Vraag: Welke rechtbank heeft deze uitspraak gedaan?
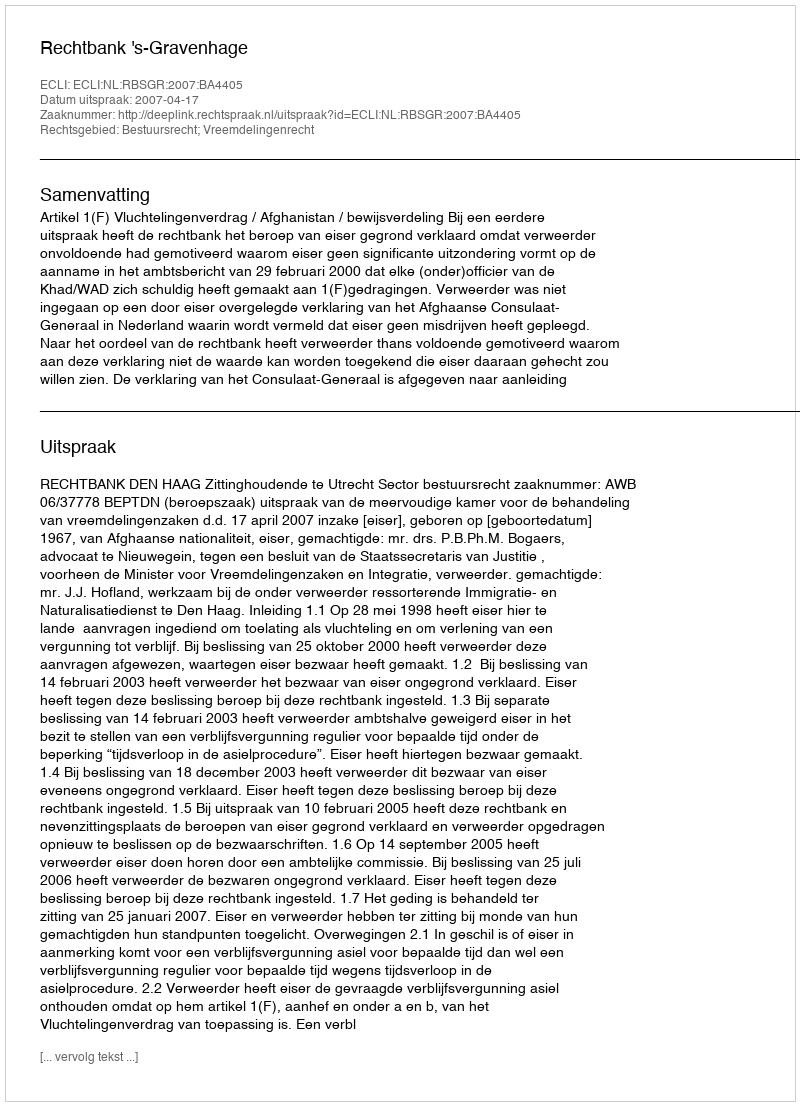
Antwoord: Rechtbank 's-Gravenhage